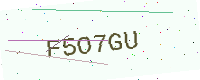
Text: F5O7GU